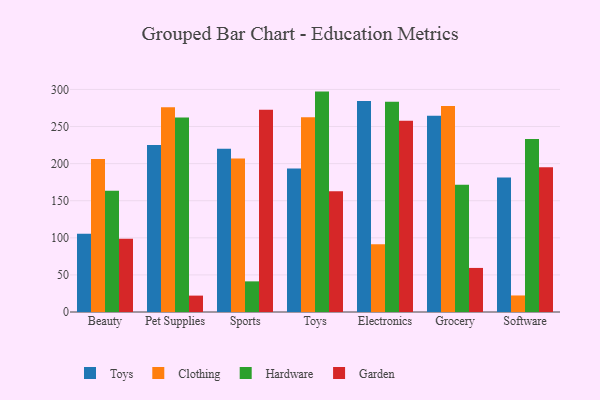
{"axis": {"x": "Category", "y": "Revenue (USD Million)"}, "legend": ["Clothing", "Garden", "Hardware", "Toys"], "data": [{"x": "Beauty", "y": 105.6, "type": "Toys"}, {"x": "Beauty", "y": 206.2, "type": "Clothing"}, {"x": "Beauty", "y": 163.5, "type": "Hardware"}, {"x": "Beauty", "y": 98.7, "type": "Garden"}, {"x": "Pet Supplies", "y": 225.2, "type": "Toys"}, {"x": "Pet Supplies", "y": 276.1, "type": "Clothing"}, {"x": "Pet Supplies", "y": 262.3, "type": "Hardware"}, {"x": "Pet Supplies", "y": 22.1, "type": "Garden"}, {"x": "Sports", "y": 220.1, "type": "Toys"}, {"x": "Sports", "y": 207.0, "type": "Clothing"}, {"x": "Sports", "y": 41.3, "type": "Hardware"}, {"x": "Sports", "y": 272.6, "type": "Garden"}, {"x": "Toys", "y": 193.4, "type": "Toys"}, {"x": "Toys", "y": 262.6, "type": "Clothing"}, {"x": "Toys", "y": 297.1, "type": "Hardware"}, {"x": "Toys", "y": 162.8, "type": "Garden"}, {"x": "Electronics", "y": 284.4, "type": "Toys"}, {"x": "Electronics", "y": 91.4, "type": "Clothing"}, {"x": "Electronics", "y": 283.3, "type": "Hardware"}, {"x": "Electronics", "y": 257.9, "type": "Garden"}, {"x": "Grocery", "y": 264.4, "type": "Toys"}, {"x": "Grocery", "y": 277.7, "type": "Clothing"}, {"x": "Grocery", "y": 171.7, "type": "Hardware"}, {"x": "Grocery", "y": 59.4, "type": "Garden"}, {"x": "Software", "y": 181.4, "type": "Toys"}, {"x": "Software", "y": 22.3, "type": "Clothing"}, {"x": "Software", "y": 233.1, "type": "Hardware"}, {"x": "Software", "y": 195.0, "type": "Garden"}]}